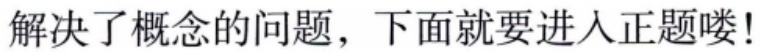
解决了概念的问题，下面就要进入正题喽!